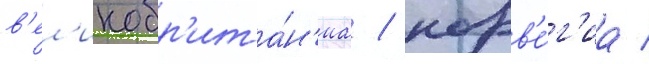
в'ел'икобр'ита́н'иа / норв'е́г'иа /